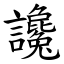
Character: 讒